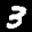
Label: 3